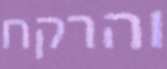
והרקח